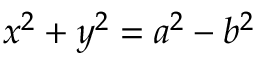
x ^ { 2 } + y ^ { 2 } = a ^ { 2 } - b ^ { 2 }